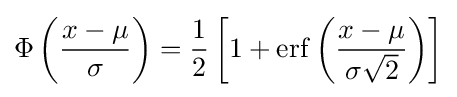
\Phi \left({\frac {x-\mu }{\sigma }}\right)={\frac {1}{2}}\left[1+\operatorname {erf} \left({\frac {x-\mu }{\sigma {\sqrt {2}}}}\right)\right]